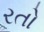
રતો